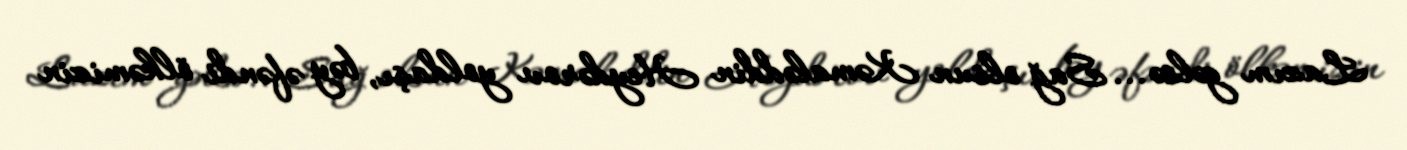
Lazım gəlsə... Sağ olsun Kəmaləddin Heydərov yoldaşı, bəy əfəndi ölkəmizin